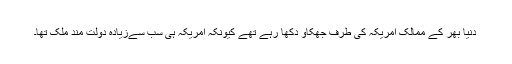
دنیا بھر کے ممالک امریکہ کی طرف جھکاو دکھا رہے تھے کیونکہ امریکہ ہی سب سےزیادہ دولت مند ملک تھا۔